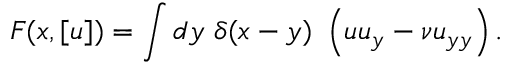
{ \cal F } ( x , [ u ] ) = \int d y ~ \delta ( x - y ) ~ \left( u u _ { y } - \nu u _ { y y } \right) .